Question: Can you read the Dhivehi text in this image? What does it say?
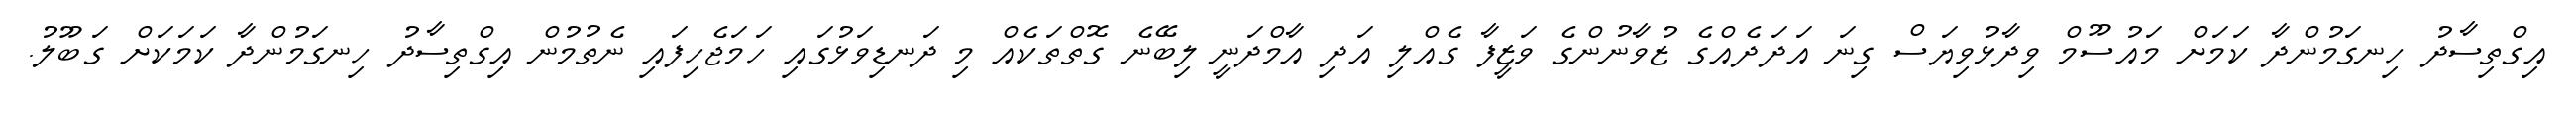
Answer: އިގްތިސާދު ހިނގަމުންދާ ކަމަށް މައުސޫމް ވިދާޅުވިޔަސް ގިނަ އަދަދެއްގެ ޒުވާނުންގެ ވަޒީފާ ގެއްލި އަދި އާމްދަނީ ލިބޭނެ ގޮތްތަކެއް މި ދަނޑިވަޅުގައި ހަމަޖެހިފައި ނެތުމުން އިގްތިސާދު ހިނގަމުންދާ ކަމަކަށް ގަބޫލު.